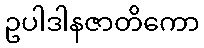
ဥပါဒါနဇာတိကော